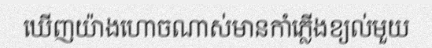
ឃើញយ៉ាងហោចណាស់មានកាំភ្លើងខ្យល់មួយ